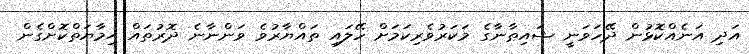
އަދި އަނެއްކޮޅުން ދޭހަވަނީ ޝައިޠާނާގެ މަކަރުވެރިކަމަށް ހޭލައި ތައްޔާރުވެ ވަންނާނެ ދޮރުތައް ޙިމާޔަތްކޮށްގެން